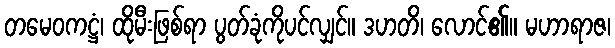
တမေဝကဋ္ဌံ၊ ထိုမီးဖြစ်ရာ ပွတ်ခုံကိုပင်လျှင်။ ဒဟတိ၊ လောင်၏။ မဟာရာဇ၊